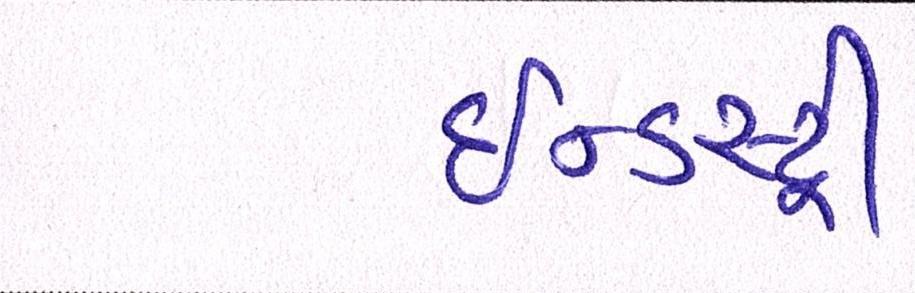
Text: ઈન્ડસ્ટ્રી